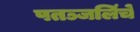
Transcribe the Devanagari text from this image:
पतञ्जलिंचे